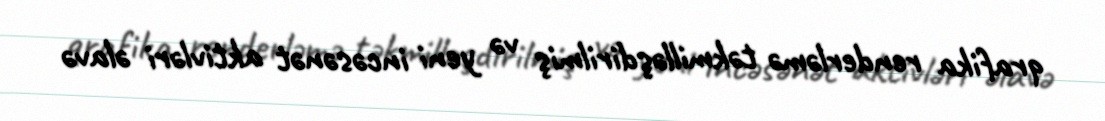
qrafika renderləmə təkmilləşdirilmiş və yeni incəsənət aktivləri əlavə